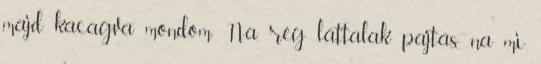
majd kacagva mondom: Na, rég láttalak pajtás, na mi